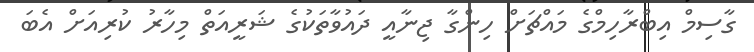
ގާސިމް އިބްރާހިމްގެ މައްޗަށް ހިންގާ ޖިނާއީ ދައުވާތަކުގެ ޝަރީއަތް މިހާރު ކުރިއަށް އެބަ